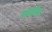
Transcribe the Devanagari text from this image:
सादीक